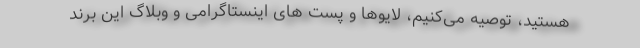
هستید، توصیه می‌کنیم، لایوها و پست های اینستاگرامی و وبلاگ این برند